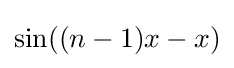
\sin((n-1)x-x)